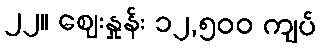
၂၂။ ဈေးနှုန်း ၁၂,၅၀၀ ကျပ်